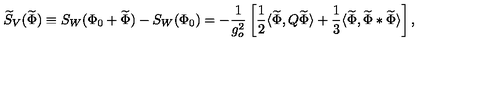
\widetilde { S } _ { V } ( \widetilde { \Phi } ) \equiv S _ { W } ( \Phi _ { 0 } + \widetilde { \Phi } ) - S _ { W } ( \Phi _ { 0 } ) = - \frac { 1 } { g _ { o } ^ { 2 } } \left[ \frac { 1 } { 2 } \langle \widetilde { \Phi } , Q \widetilde { \Phi } \rangle + \frac { 1 } { 3 } \langle \widetilde { \Phi } , \widetilde { \Phi } * \widetilde { \Phi } \rangle \right] ,